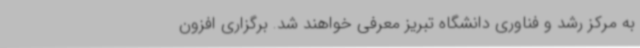
به مرکز رشد و فناوری دانشگاه تبریز معرفی خواهند شد. برگزاری افزون